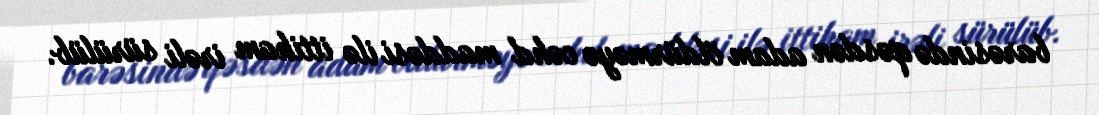
barəsində qəsdən adam öldürməyə cəhd maddəsi ilə ittiham irəli sürülüb.